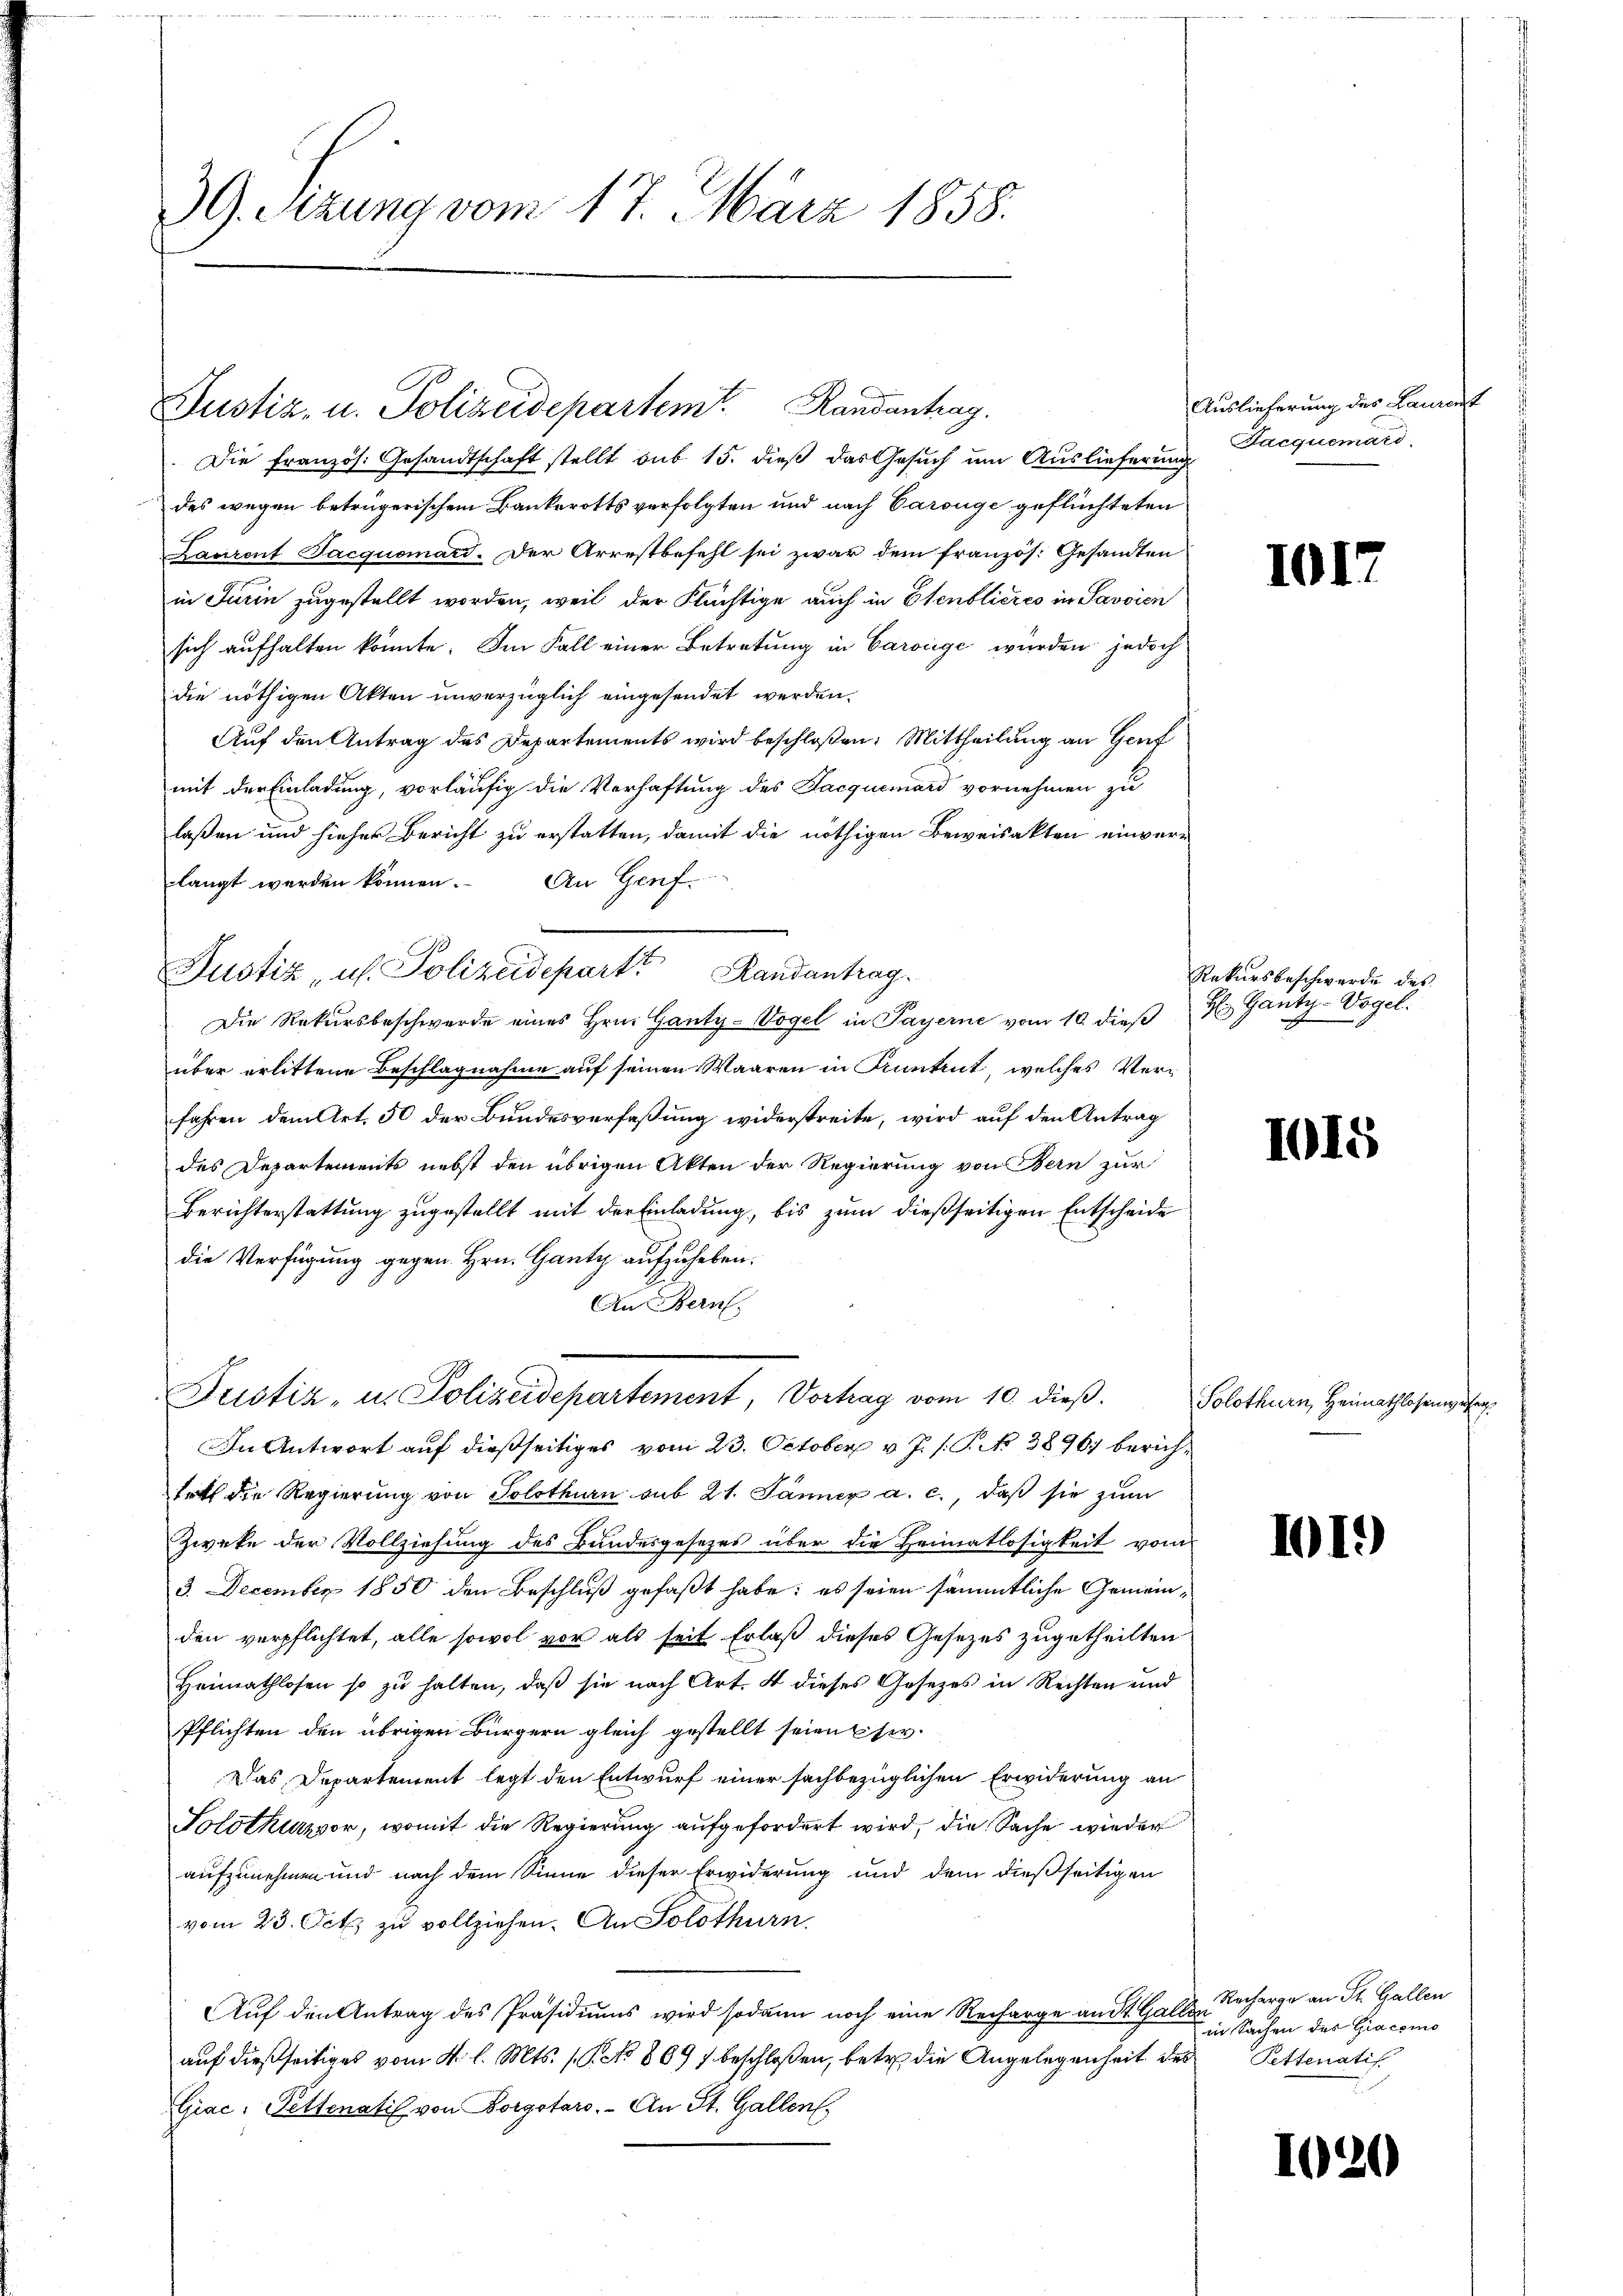
39. Sizung vom 17. März 1858.

Die französ. Gesandtschaft stellt sub 15. dieß das Gesuch um Auslieferung
des wegen betrügerischem Bankerotts verfolgten und nach Carouge geflüchteten
Laurent Jacquomard. Der Arrestbefehl sei zwar dem französ. Gesandten
in Turin zugestellt worden, weil der Flüchtige auch in Etenblicres in Savoien
sich aufhalten könnte. Im Fall einer Betretung in Caroge würden jedoch
die nöthigen Akten unverzüglich eingesendet werden.
Auf den Antrag des Departements wird beschloßen: Mittheilung an Genf
mit der Einladung, vorläufig die Verhaftung des Jacquemard vornehmen zu
laßen und hieher Bericht zu erstatten, damit die nöthigen Beweisakten einverlangt werden können. An Genf.
Die Rekursbeschwerde eines Hrn. Ganty-Vogel in Payerne vom 10. dieβ b Ganty-Vogel.
über erlittene Beschlagnahme auf seinen Waaren in Pruntrut, welches Verfahren dem Art. 50 der Bundesverfaßung widerstreite, wird auf den Antrag
des Departements nebst den übrigen Akten der Regierung von Bern zur
Berichterstattung zugestellt mit der Einladung, bis zum dießseitigen Entscheide
die Verfügung gegen Hrn. Gantz aufzuheben.
An Bern,
Justiz, u. Polizeidepartement, Vortrag vom 10. dieß.
In Antwort auf dießseitiges vom 23. October v. J. s. S. 38967 berichfrtt die Regierung von Solothurn sub 21. Jänner a. c., daß sie zum
Zweke der Vollziehung des Bundesgesezes über die Heimatlosigkeit vom
3. Dezember 1850 den Beschluß gefaßt habe; es seien sämmtliche Gemeinden verpflichtet, alle sowol vor als seit Erlaß dieses Gesetzes zugetheilten
Heimathlosen so zŭ halten, daβ sie nach Art. 4 dieses Gesetzes in Rechten und
Pflichten den übrigen Bürgern gleich gestellt seien usw.
Das Departement legt den Entwurf einer sachbezüglichen Erwiderung an
Tolothur vor, womit die Regierung aufgefordert wird, die Sache wieder
aufzunehmen und nach dem Sinne dieser Erwiderung und dem dießseitigen
vom 23. Oct zu vollziehen. An Solothurn,
Auf den Antrag des Präsidiums wird sodann noch eine Recharge an St. Galler
auf dießseitiges vom 4. l. Mts. (T. No 869 f. beschloßen, betr. die Angelegenheit des
Giac: Pettenatis von Borgotaro. - An St. Gallen,

Justiz, u. Polizeidepartem Randantrag.

Justiz, u. Polizeideparte Randantrag.

Auslieferung des Laurent
Jacquemari.

1017

Rekursbeschwerde des

1015

Solothurn, Heimathlosenwesen.

II.)

Recharge an St. Gallen
in Sachen des Giacomo
Petteratif

120